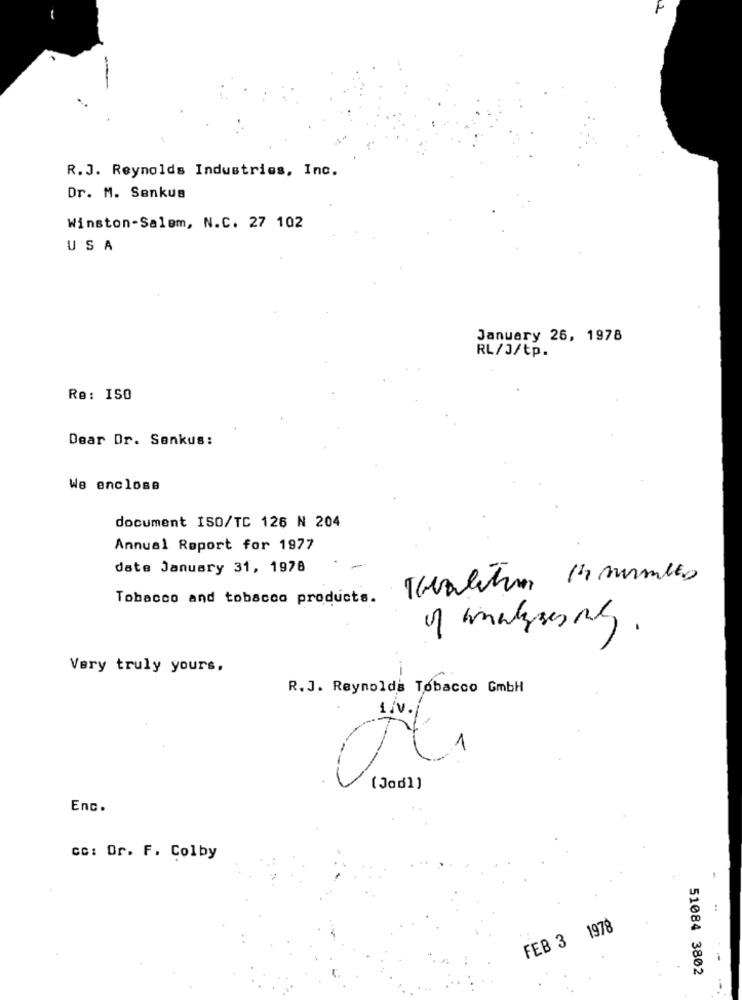
F
R.J. Reynolds Industries, Inc.
Dr. M. Senkua
Winston-Salem, N.C. 27 102
USA
January 26, 1978
RL/J/tp.
Re: ISO
Dear Dr. Senkus:
We enclose
document ISO/TC 126 N 204
Annual Report for 1977
date January 31, 1978
Tavolitam 1 surmulto
Tobacco and tobacco products.
of mayserne.
5.
Very truly yours,
R.J. Reynolds Tobacco GmbH
( Jad]]
Enc.
CC: Dr. F. Colby
..
FEB 3 1978
51084 3802